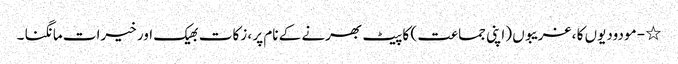
٭ - مودودیوں کا ، غریبوں (اپنی جماعت ) کا پیٹ بھرنے کے نام پر ، زکات بھیک اور خیرات مانگنا ۔